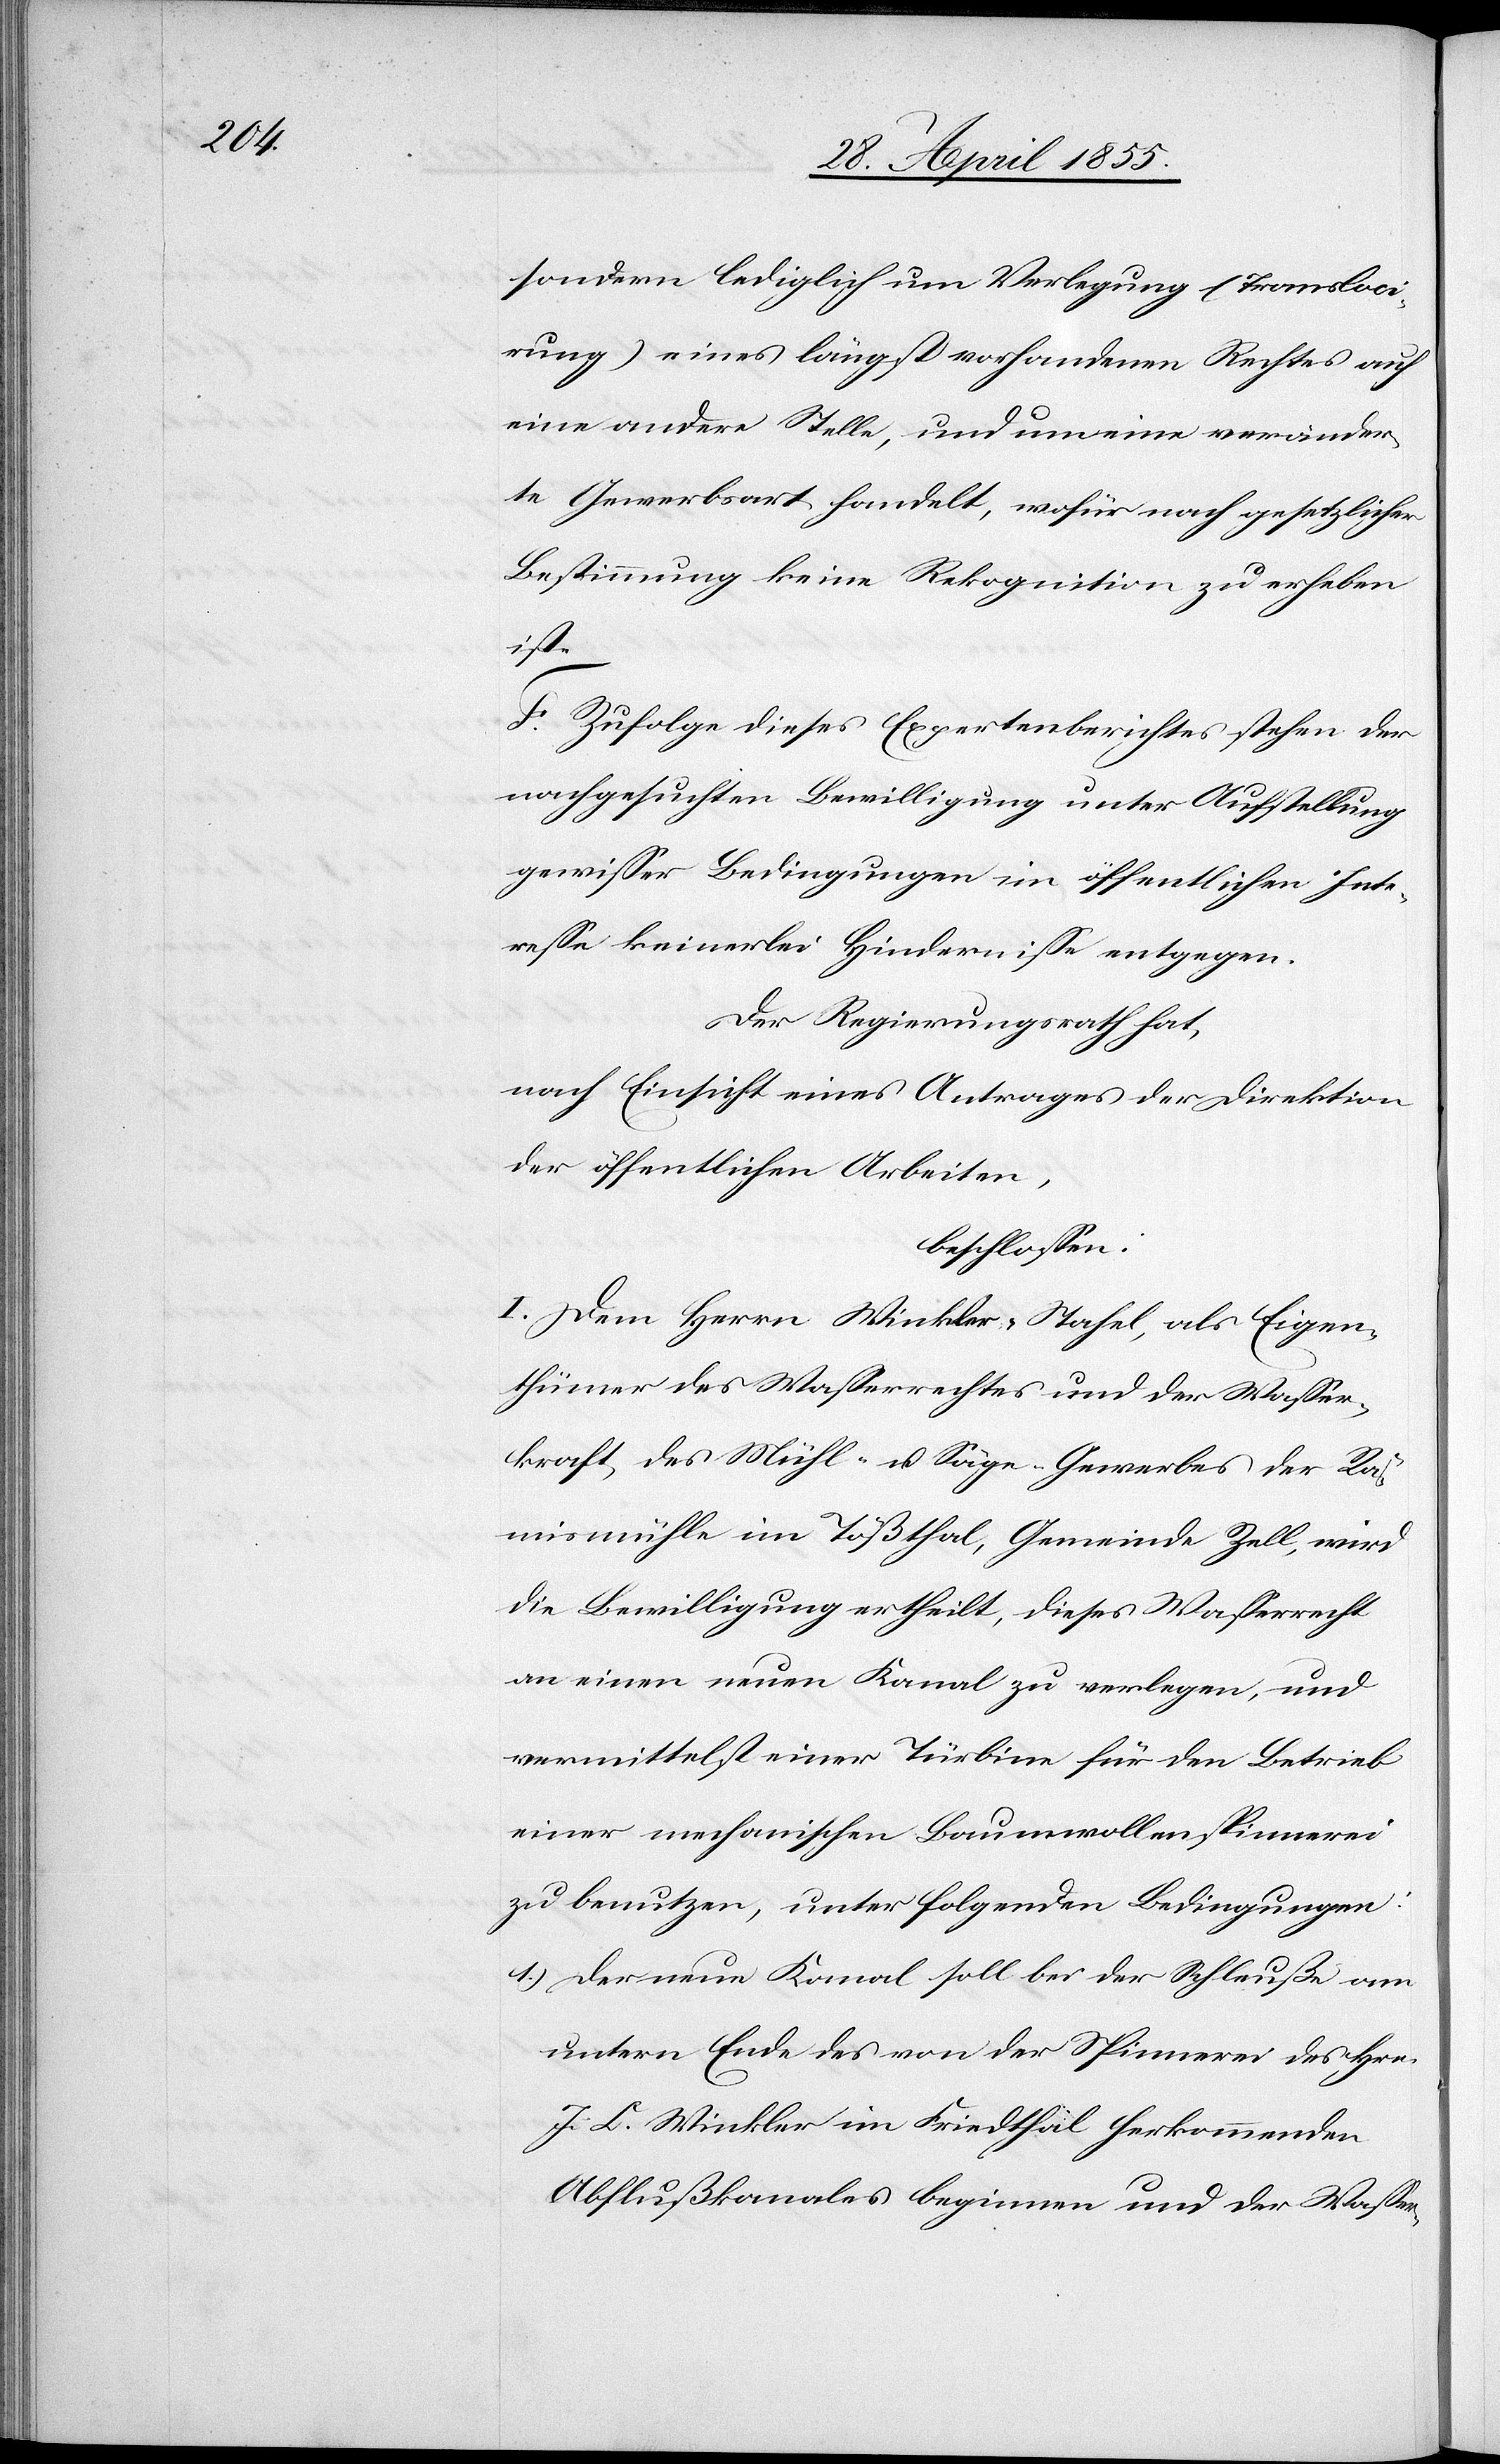
sondern lediglich um Verlegung (Transloci¬
rung) eines längst vorhandenen Rechtes auf
eine andere Stelle, und um eine veränder¬
te Gewerbsart handelt, wofür nach gesetzlicher
Bestimmung keine Rekognition zu erheben
ist.
F. Zufolge dieses Expertenberichtes stehen der
nachgesuchten Bewilligung unter Aufstellung
gewisser Bedingungen im öffentlichen Inte¬
resse keinerlei Hindernisse entgegen.
Der Regierungsrath hat,
nach Einsicht eines Antrages der Direktion
der öffentlichen Arbeiten,
beschlossen:
I. Dem Herrn Winkler-Stahel, als Eigen¬
thümer des Wasserrechtes und der Wasser¬
kraft, des Mühl- u. Säge-Gewerbes der Rä¬
mismühle im Tößthal, Gemeinde Zell, wird
die Bewilligung ertheilt, dieses Wasserrecht
an einen neuen Kanal zu verlegen, und
vermittelst einer Türbine für den Betrieb
einer mechanischen Baumwollenspinnerei
zu benutzen, unter folgenden Bedingungen:
Der neue Kanal soll bei der Schleuße am
untern Ende des von der Spinnerei des Hrn.
J. C. Winkler im Friedthal herkommenden
Abflußkanales beginnen und der Wasser-